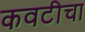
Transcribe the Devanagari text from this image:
कवटीचा